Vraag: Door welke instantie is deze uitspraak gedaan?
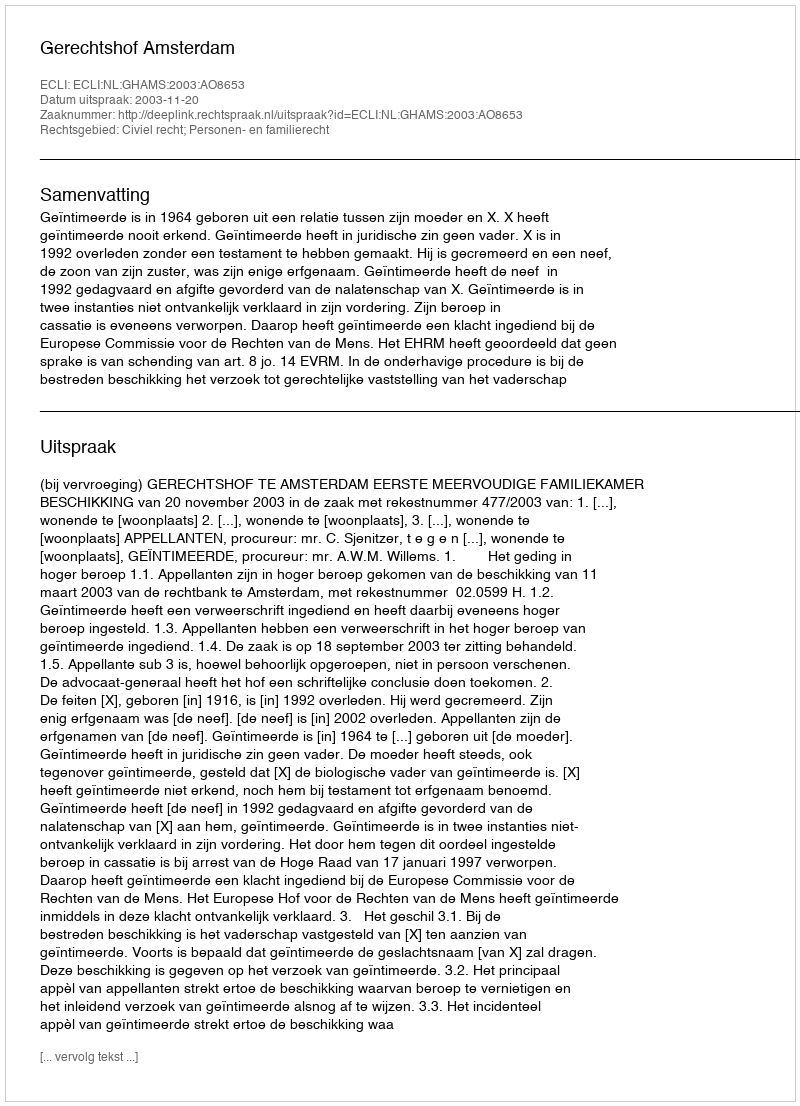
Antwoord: Gerechtshof Amsterdam